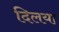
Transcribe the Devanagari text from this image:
दिलया